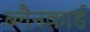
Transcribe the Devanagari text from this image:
ब्लैनकार्ड